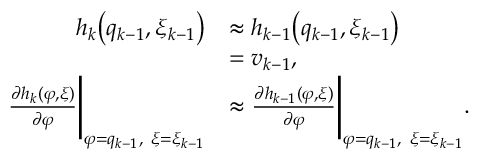
\begin{array} { r l } { h _ { k } \big ( q _ { k - 1 } , \xi _ { k - 1 } \big ) } & { \approx h _ { k - 1 } \big ( q _ { k - 1 } , \xi _ { k - 1 } \big ) } \\ & { = v _ { k - 1 } , } \\ { \frac { \partial h _ { k } ( \varphi , \xi ) } { \partial \varphi } \Bigg | _ { \varphi = q _ { k - 1 } , ~ \xi = \xi _ { k - 1 } } } & { \approx \frac { \partial h _ { k - 1 } ( \varphi , \xi ) } { \partial \varphi } \Bigg | _ { \varphi = q _ { k - 1 } , ~ \xi = \xi _ { k - 1 } } . } \end{array}